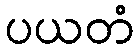
ပယတံ